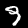
Label: 9